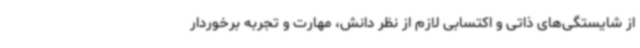
از شایستگی‌های ذاتی و اکتسابی لازم از نظر دانش، مهارت و تجربه برخوردار